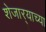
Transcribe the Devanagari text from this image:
शेजार्‍याच्या